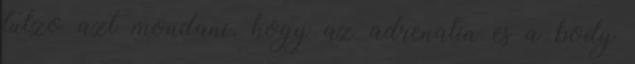
tulzo azt mondani, hogy az adrenalin es a body